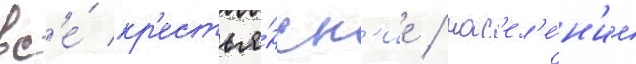
вс'е́ кр'естья́нск'ие / нас'ел'е́н'ие